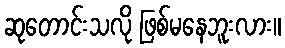
ဆုတောင်းသလို ဖြစ်မနေဘူးလား။